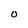
Character: 0